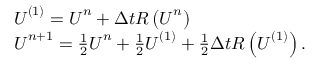
\begin{array} { r l } & { \boldsymbol { U } ^ { ( 1 ) } = \boldsymbol { U } ^ { n } + \Delta t \boldsymbol { R } \left( \boldsymbol { U } ^ { n } \right) } \\ & { \boldsymbol { U } ^ { n + 1 } = \frac { 1 } { 2 } \boldsymbol { U } ^ { n } + \frac { 1 } { 2 } \boldsymbol { U } ^ { ( 1 ) } + \frac { 1 } { 2 } \Delta t \boldsymbol { R } \left( \boldsymbol { U } ^ { ( 1 ) } \right) . } \end{array}